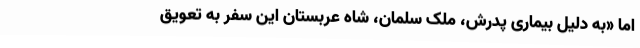
اما «به دلیل بیماری پدرش، ملک سلمان، شاه عربستان این سفر به تعویق